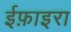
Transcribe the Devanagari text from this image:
ईफ़ाइरा